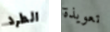
الطرد تعويذة